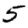
Digit: 5